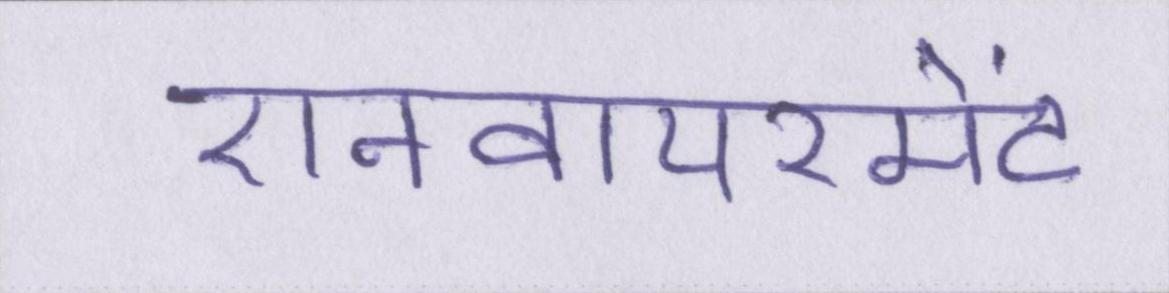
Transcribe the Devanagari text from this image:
एनवायरमेंट